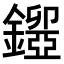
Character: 𨮃